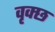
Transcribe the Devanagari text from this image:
वृक्छ